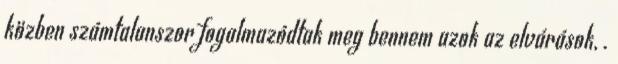
közben számtalanszor fogalmazódtak meg bennem azok az elvárások, .